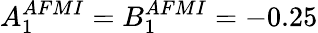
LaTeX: A_{1}^{AFMI}=B_{1}^{AFMI}=-0.25